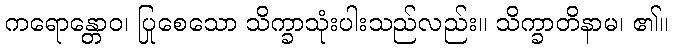
ကရောန္တောဝ၊ ပြုစေသော သိက္ခာသုံးပါးသည်လည်း။ သိက္ခာတိနာမ၊ ၏။